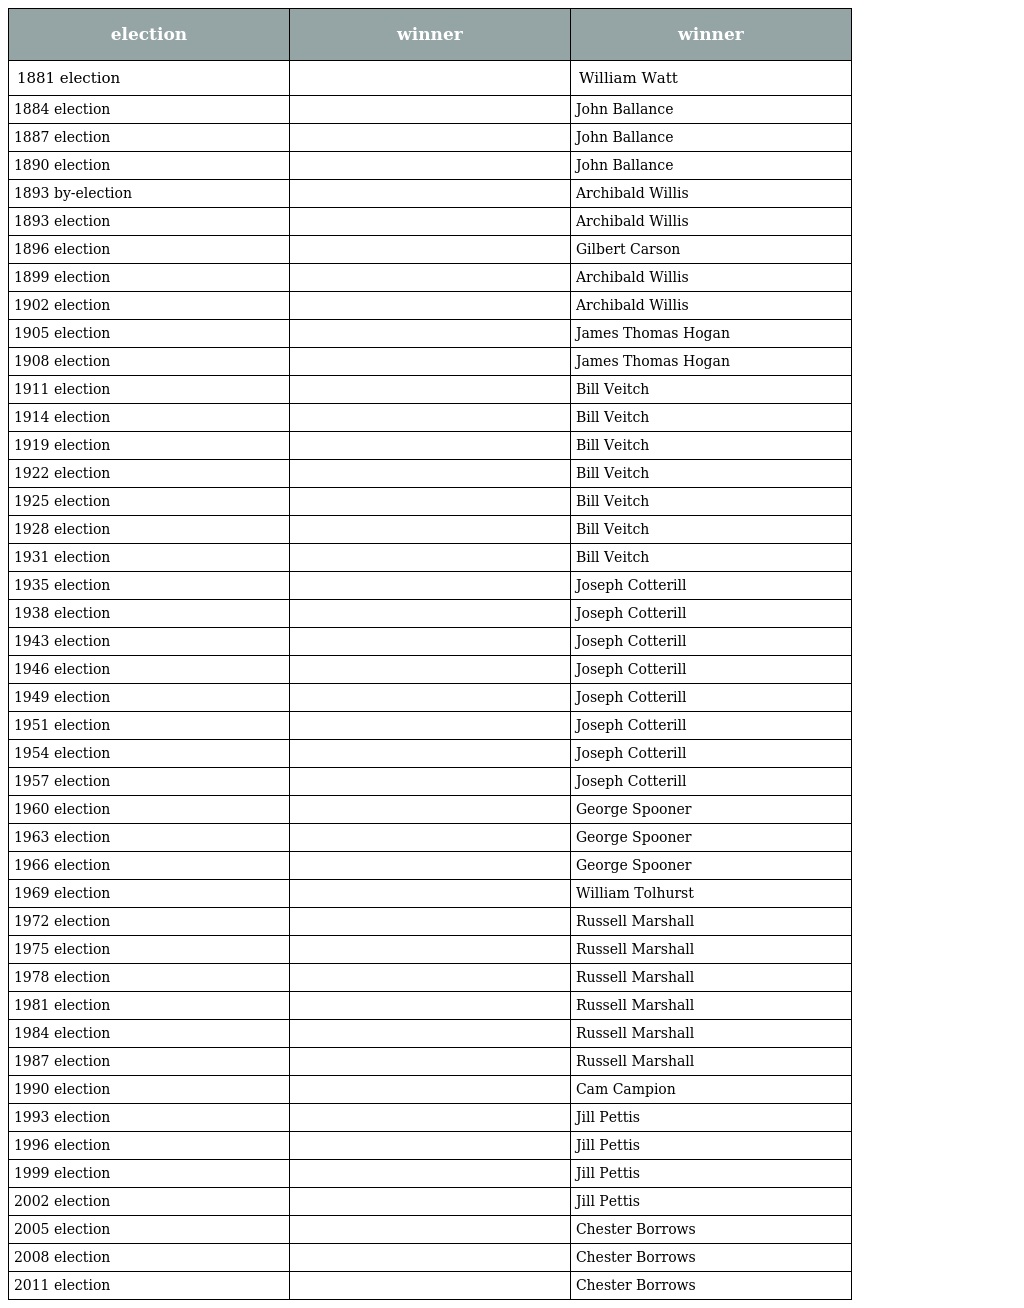
| election | winner | winner |
 | --- | --- | --- |
 | 1881 election |  | William Watt |
 | 1884 election |  | John Ballance |
 | 1887 election |  | John Ballance |
 | 1890 election |  | John Ballance |
 | 1893 by-election |  | Archibald Willis |
 | 1893 election |  | Archibald Willis |
 | 1896 election |  | Gilbert Carson |
 | 1899 election |  | Archibald Willis |
 | 1902 election |  | Archibald Willis |
 | 1905 election |  | James Thomas Hogan |
 | 1908 election |  | James Thomas Hogan |
 | 1911 election |  | Bill Veitch |
 | 1914 election |  | Bill Veitch |
 | 1919 election |  | Bill Veitch |
 | 1922 election |  | Bill Veitch |
 | 1925 election |  | Bill Veitch |
 | 1928 election |  | Bill Veitch |
 | 1931 election |  | Bill Veitch |
 | 1935 election |  | Joseph Cotterill |
 | 1938 election |  | Joseph Cotterill |
 | 1943 election |  | Joseph Cotterill |
 | 1946 election |  | Joseph Cotterill |
 | 1949 election |  | Joseph Cotterill |
 | 1951 election |  | Joseph Cotterill |
 | 1954 election |  | Joseph Cotterill |
 | 1957 election |  | Joseph Cotterill |
 | 1960 election |  | George Spooner |
 | 1963 election |  | George Spooner |
 | 1966 election |  | George Spooner |
 | 1969 election |  | William Tolhurst |
 | 1972 election |  | Russell Marshall |
 | 1975 election |  | Russell Marshall |
 | 1978 election |  | Russell Marshall |
 | 1981 election |  | Russell Marshall |
 | 1984 election |  | Russell Marshall |
 | 1987 election |  | Russell Marshall |
 | 1990 election |  | Cam Campion |
 | 1993 election |  | Jill Pettis |
 | 1996 election |  | Jill Pettis |
 | 1999 election |  | Jill Pettis |
 | 2002 election |  | Jill Pettis |
 | 2005 election |  | Chester Borrows |
 | 2008 election |  | Chester Borrows |
 | 2011 election |  | Chester Borrows |